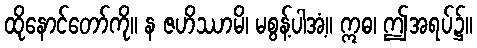
ထိုနောင်တော်ကို။ န ဇဟိဿာမိ၊ မစွန့်ပါအံ့။ ဣဓ၊ ဤအရပ်၌။